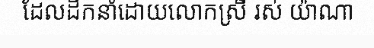
ដែលដឹកនាំដោយលោកស្រី រស់ យ៉ាណា